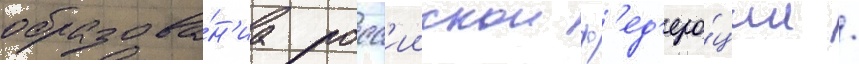
образова́н'иа росс'иискои ф'ед'ера́ции /